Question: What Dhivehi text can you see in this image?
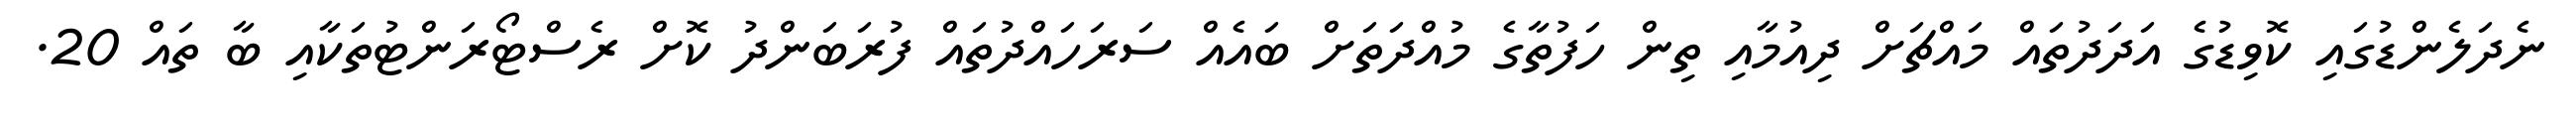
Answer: ނެދަލެންޑުގައި ކޮވިޑުގެ އަދަދުތައް މައްޗަށް ދިއުމާއި ތިން ހަފުތާގެ މުއްދަތަށް ބައެއް ސަރަހައްދުތައް ފުރަބަންދު ކޮށް ރެސްޓޯރަންޓުތަކާއި ބާ ތައް 20.